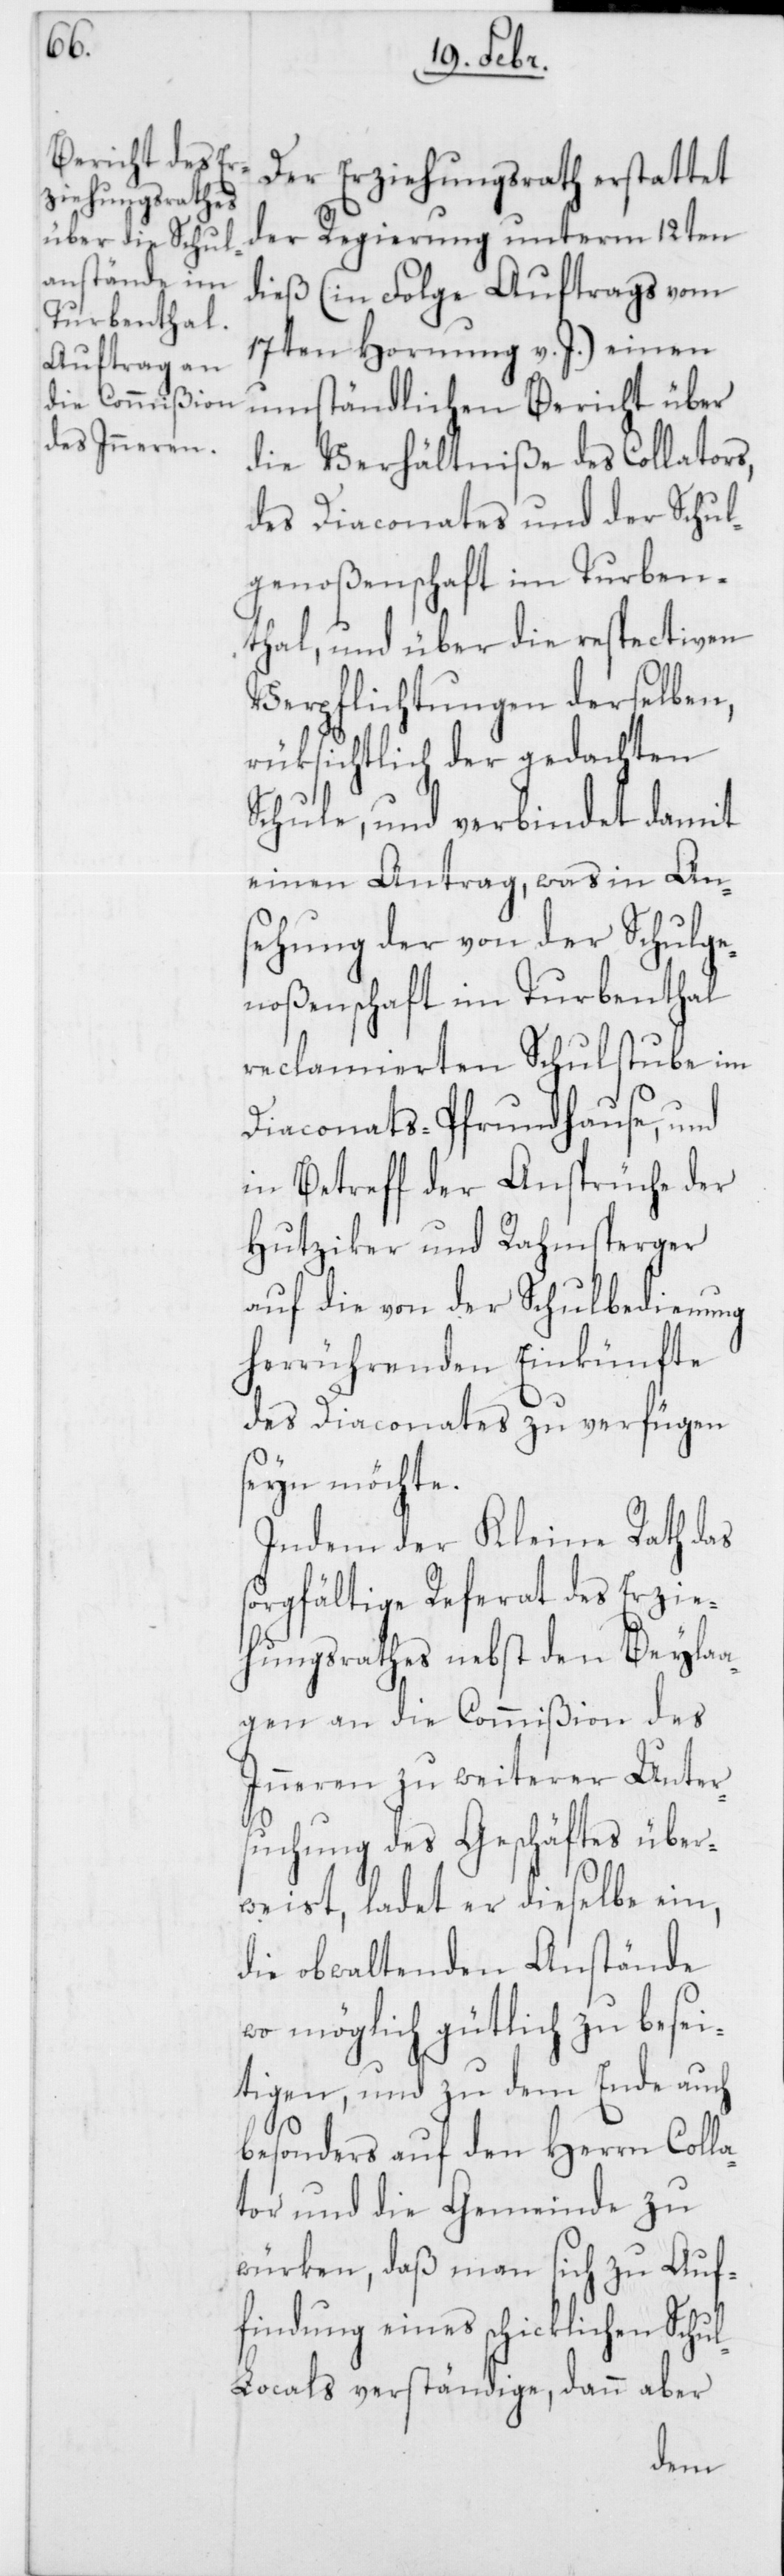
Der Erziehungsrath erstattet
der Regierung unterm 12ten
dieß (in Folge Auftrags vom
17ten Hornung v. J.) einen
umständlichen Bericht über
die Verhältniße des Collators,
des Diaconates und der Schul¬
genoßenschaft im Turben¬
thal, und über die resprectiven
Verpflichtungen derselben,
rüksichtlich der gedachten
Schule, und verbindet damit
einen Antrag, was in An¬
sehung der von der Schulge¬
noßenschaft im Turbenthal
reclamierten Schulstube im
Diaconats-Pfrundhause, und
in Betreff der Ansprüche der
Hutziker und Rahmsberger
auf die von der Schulbedienung
herrührenden Einkünfte
des Diaconates zu verfügen
seyn möchte.
Indem der Kleine Rath das
sorgfältige Referat des Erzie¬
hungsrathes nebst den Beyla¬
agen an die Commißion des
Inneren zu weiterer Unter¬
suchung des Geschäftes über¬
weist, ladet er dieselbe ein,
die obwaltenden Anstände
wo möglich gütlich zu besei¬
tigen, und zu dem Ende auch
besonders auf den Herrn Colla¬
tor und die Gemeinde zu
würken, daß man sich zu Auf¬
findung eines schicklichen Schu¬
l-Locals verständige, dann aber